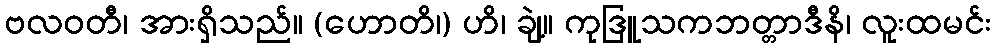
ဗလဝတီ၊ အားရှိသည်။ (ဟောတိ၊) ဟိ၊ ချဲ့။ ကုဒြူသကဘတ္တာဒီနိ၊ လူးထမင်း